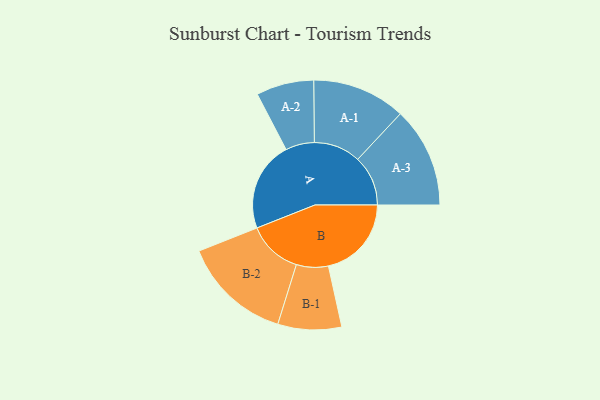
{"axis": {"x": "Segment", "y": "Value"}, "legend": ["", "A", "B"], "data": [{"x": "A", "y": 387, "type": ""}, {"x": "B", "y": 357, "type": ""}, {"x": "A-1", "y": 201, "type": "A"}, {"x": "A-2", "y": 124, "type": "A"}, {"x": "A-3", "y": 216, "type": "A"}, {"x": "B-1", "y": 137, "type": "B"}, {"x": "B-2", "y": 235, "type": "B"}]}